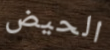
الحيض